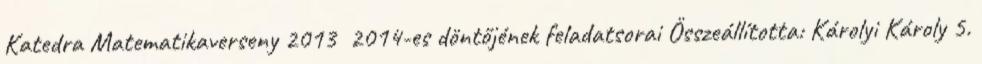
Katedra Matematikaverseny 2013 2014-es döntőjének feladatsorai Összeállította: Károlyi Károly 5.